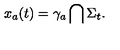
x _ { a } ( t ) = \gamma _ { a } \bigcap \Sigma _ { t } .